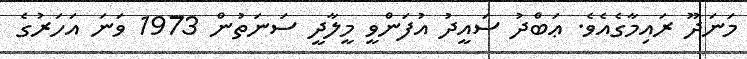
މަނަދޫ ރައިމާގެއެވެ. ޢަބްދު ސައީދު އުފަންވީ މީލާދީ ސަނަތުން 1973 ވަނަ އަހަރުގެ